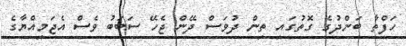
ހަފްތާ ބަންދުގެ ގޮތުގައި ތިން ދުވަސް ދޭން ޖެހޭ ސަބަބު ވެސް އެޖަމިއްޔާގެ